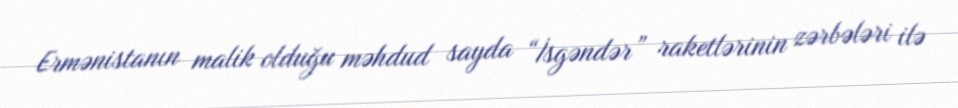
Ermənistanın malik olduğu məhdud sayda “İsgəndər” raketlərinin zərbələri ilə